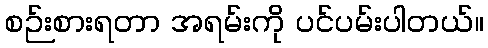
စဉ်းစားရတာ အရမ်းကို ပင်ပမ်းပါတယ်။